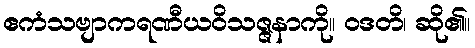
ဧကံသဗျာကရဏီယဝိသဇ္ဇနာကို။ ဝဒတိ၊ ဆို၏။